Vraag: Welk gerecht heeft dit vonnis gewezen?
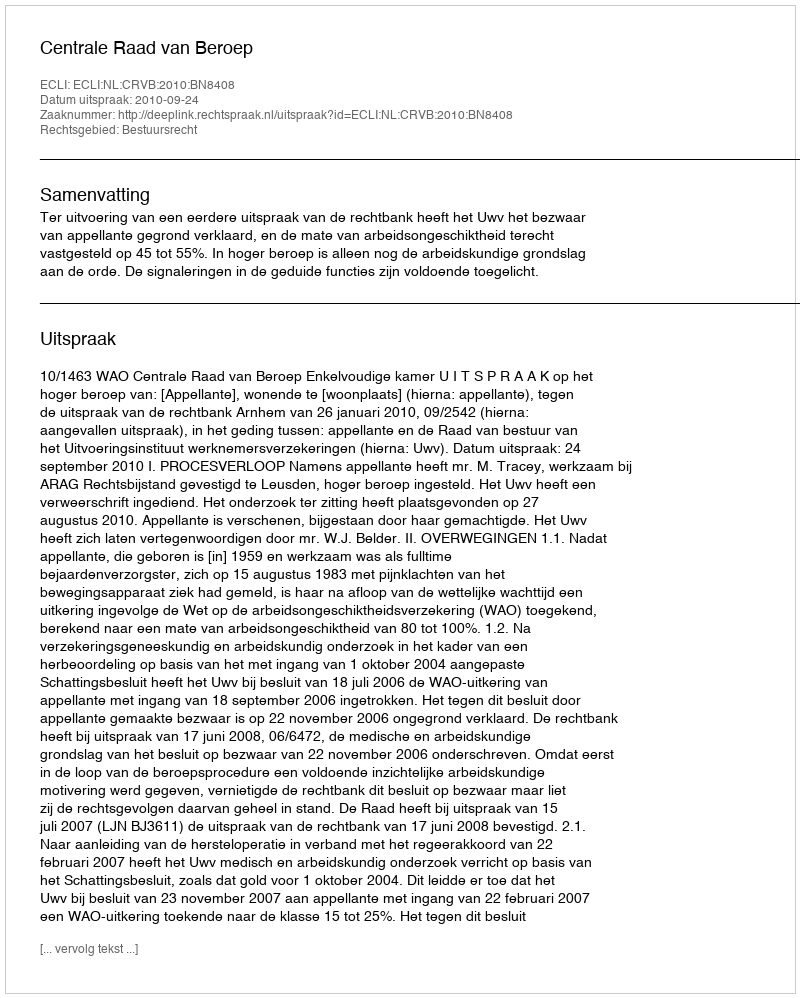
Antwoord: Centrale Raad van Beroep